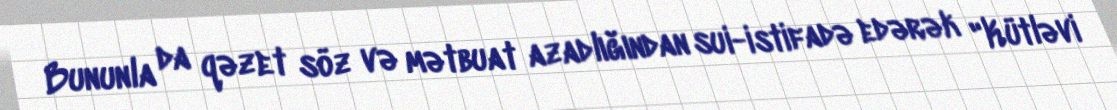
Bununla da qəzet söz və mətbuat azadlığından sui-istifadə edərək "Kütləvi